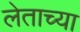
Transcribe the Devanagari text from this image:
लेताच्या